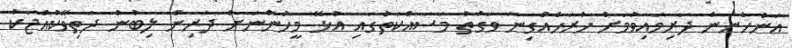
އަންހެނުން ދަރިމައިވުމަށް ހުރަހެއްގިނަ ވަގުތު މަސައްކަތުގައި އުޅޭ މީހުންނަށް ދަރިން ލިބުން ދަތިވޭކުއްޖަކު